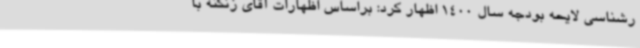
رشناسی لایحه بودجه سال 1400 اظهار کرد: براساس اظهارات آقای زنگنه با